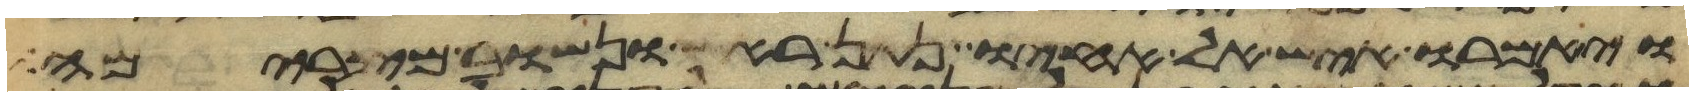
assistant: ויאמרו איש אל אחיו נתן ראש ונשוב מצרימה